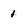
Character: 1